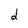
Character: d